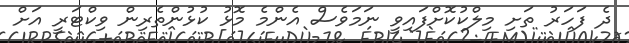
ދެ ފަހަރު ތަށި މިލްކުކޮށްފައިވީ ނަމަވެސް އެންމެ މޮޅު ކުޅުންތެރިން ވިކްޓަރީ އަށް